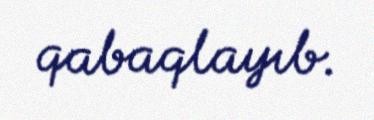
qabaqlayıb.